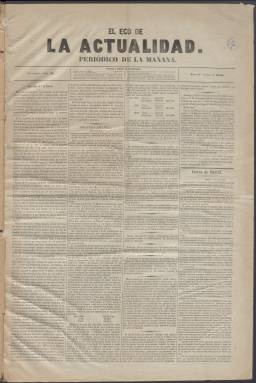
Título: El Eco de la actualidad
Colección: Periódicos
Ámbito geográfico: Barcelona
Lugar de publicación: Barcelona
Fechas: 01/01/1856-29/01/1856